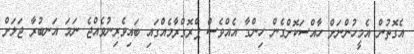
އެގޮތުން އެމީހުންނަށް ހާއްސަކޮށްގެން ހިންގާ އެއްވެސް ޕްރޮގްރާމެއްގައި ބައިވެރިނުވެއްޖެ ނަމަ އަނބުރާ ޖަލަށް